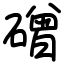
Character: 磳